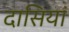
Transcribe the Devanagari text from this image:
दासियां